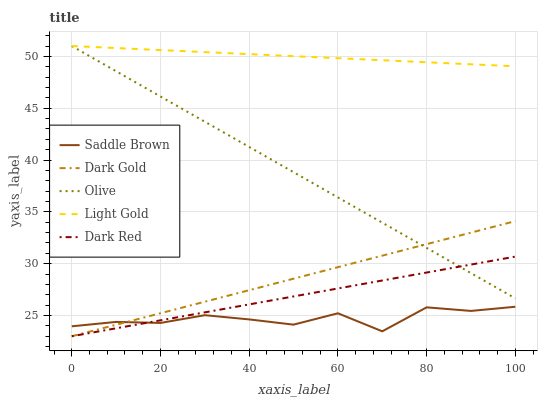
| xaxis_label | Saddle Brown | Dark Gold | Olive | Light Gold | Dark Red |
 | --- | --- | --- | --- | --- | --- |
 | 0 | 24 | 23 | 51 | 51 | 23 |
 | 10 | 24.4 | 24.1 | 48.6 | 50.8 | 23.8 |
 | 20 | 24.3 | 25.2 | 46.1 | 50.6 | 24.5 |
 | 30 | 25 | 26.3 | 43.7 | 50.4 | 25.3 |
 | 40 | 24.6 | 27.4 | 41.3 | 50.2 | 26.1 |
 | 50 | 24.1 | 28.6 | 38.8 | 50 | 26.8 |
 | 60 | 25.2 | 29.7 | 36.4 | 49.8 | 27.6 |
 | 70 | 23.5 | 30.8 | 34 | 49.6 | 28.4 |
 | 80 | 25.8 | 31.9 | 31.5 | 49.4 | 29.1 |
 | 90 | 25.4 | 33 | 29.1 | 49.2 | 29.9 |
 | 100 | 25.8 | 34.1 | 26.7 | 49 | 30.7 |